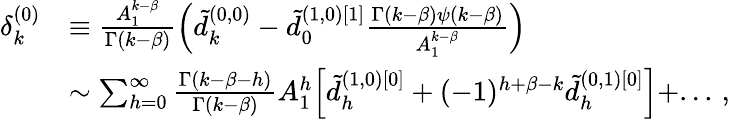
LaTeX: \begin{array}{rl}{\delta_{k}^{(0)}}&{\equiv\frac{A_{1}^{k-\beta}}{\Gamma(k-\beta)}\Big(\tilde{d}_{k}^{(0,0)}-\tilde{d}_{0}^{(1,0)[1]}\frac{\Gamma(k-\beta)\psi(k-\beta)}{A_{1}^{k-\beta}}\Big)}\\ &{\sim\sum_{h=0}^{\infty}\frac{\Gamma(k-\beta-h)}{\Gamma(k-\beta)}A_{1}^{h}\Big[\tilde{d}_{h}^{(1,0)[0]}+(-1)^{h+\beta-k}\tilde{d}_{h}^{(0,1)[0]}\Big]+...\, ,}\end{array}